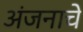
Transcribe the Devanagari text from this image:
अंजनाचे